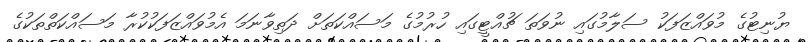
ޔުނިޓުގެ މުވައްޒަފަކު ސަލާމުގައި ނުވަތަ ޗުއްޓީގައި ހުރުމުގެ މަސައްކަތަށް ދަތިވާނަމަ އެމުވައްޒަފަކުކުރާ މަސައްކަތްތަކުގެ